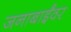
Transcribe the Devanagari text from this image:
जनाबाईंवर